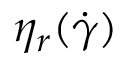
\eta _ { r } ( \dot { \gamma } )